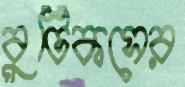
বুটিকসের